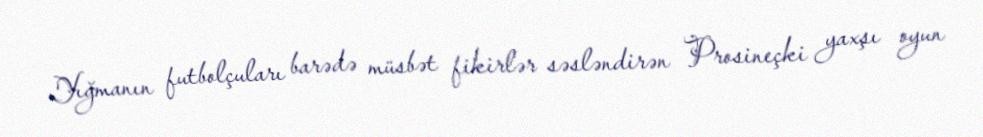
Yığmanın futbolçuları barədə müsbət fikirlər səsləndirən Prosineçki yaxşı oyun